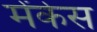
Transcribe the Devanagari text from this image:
मेंकेस